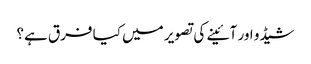
شیڈو اور آئینے کی تصویر میں کیا فرق ہے؟